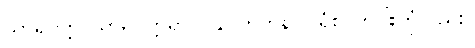
သာရိပုတ္တ၊ သာရိပုတ္တရာ။ ပုန၊ တဘန်။ ပရံစ၊ တပါးတုံလည်း။